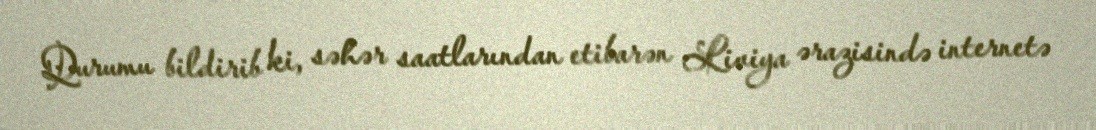
Qurumu bildirib ki, səhər saatlarından etibarən Liviya ərazisində internetə